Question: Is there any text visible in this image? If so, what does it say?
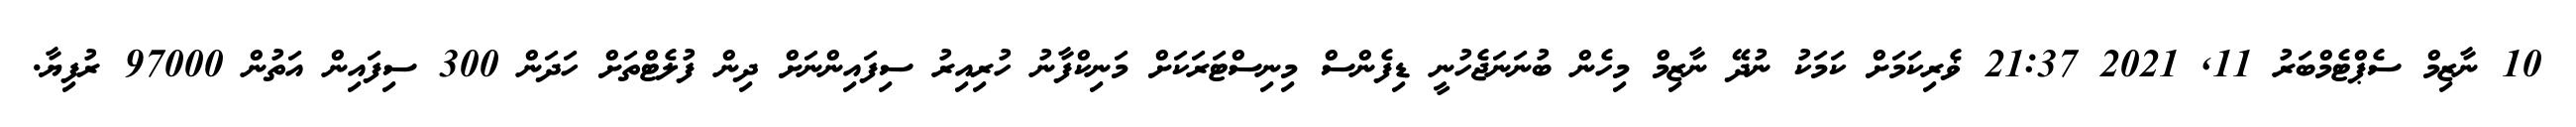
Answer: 10 ނާޒިމް ސެޕްޓެމްބަރު 11, 2021 21:37 ޥެރިކަމަށް ކަމަކު ނުދޭ ނާޒިމް މިހެން ބުނަނަޖެހުނީ ޑިފެންސް މިނިސްޓަރަކަށް މަނިކްފާނު ހުރިއިރު ސިފައިންނަށް ދިން ފުލެޓްތަށް ހަދަން 300 ސިފައިން އަތުން 97000 ރުފިޔާ.